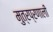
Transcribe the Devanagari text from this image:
मुत्रप्रणाली